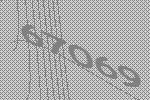
67069